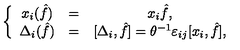
\left\{ \begin{array} { c c c } { x _ { i } ( \hat { f } ) } & { = } & { x _ { i } { \hat { f } } , \nonumber } \\ { \Delta _ { i } ( { \hat { f } } ) } & { = } & { [ \Delta _ { i } , { \hat { f } } ] = \theta ^ { - 1 } \varepsilon _ { i j } [ x _ { i } , { \hat { f } } ] , } \\ \end{array} \right.